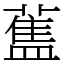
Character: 𰲃